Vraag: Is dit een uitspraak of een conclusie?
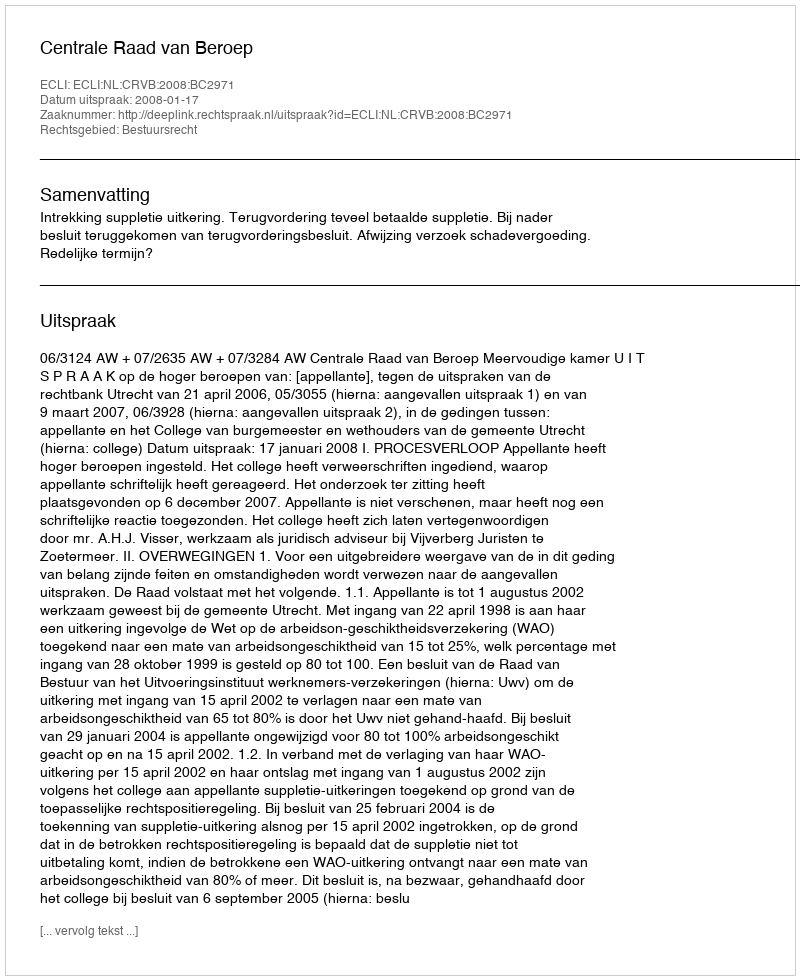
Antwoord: Uitspraak